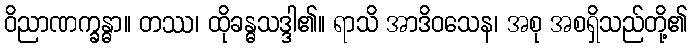
ဝိညာဏက္ခန္ဓာ။ တဿ၊ ထိုခန္ဓသဒ္ဒါ၏။ ရာသိ အာဒိဝသေန၊ အစု အစရှိသည်တို့၏